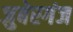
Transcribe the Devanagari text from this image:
जुबेरगंज